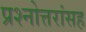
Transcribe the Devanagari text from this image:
प्रश्नोत्तरांसह